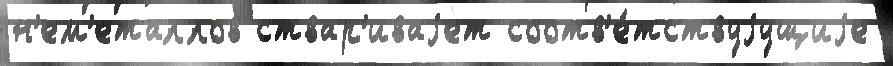
н'ем'еталлов ствар'иваjет соотв'е́тствуjущиjе